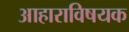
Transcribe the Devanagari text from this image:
आहाराविषयक